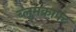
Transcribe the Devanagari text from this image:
ब्लूमक्राफ्ट